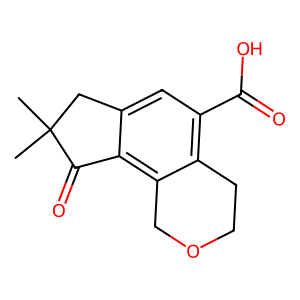
SMILES: CC1(C)Cc2cc(C(=O)O)c3c(c2C1=O)COCC3
Inhibits HIV replication: No